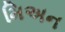
મિઅન